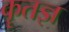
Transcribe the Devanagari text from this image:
कॄतज्ञ